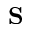
{ \bf S }